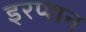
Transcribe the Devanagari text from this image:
इरप्शन